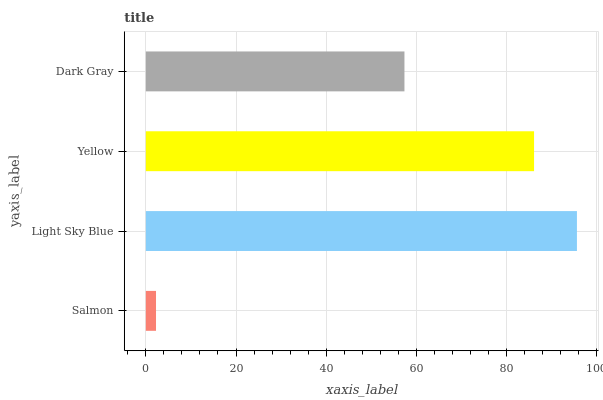
| yaxis_label | bars |
 | --- | --- |
 | Salmon | 2.26 |
 | Light Sky Blue | 95.6 |
 | Yellow | 86.1 |
 | Dark Gray | 57.3 |